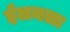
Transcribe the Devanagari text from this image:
ईलमला